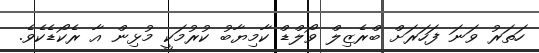
ހަތަރު ވަނަ ފަހަރަށް ބްރެޒިލް ވޯލްޑް ކާމިޔާބު ކުރުމަކީ މުޅިން އާ ރެކޯޑެކެވެ.